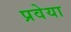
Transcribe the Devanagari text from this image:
प्रवेया